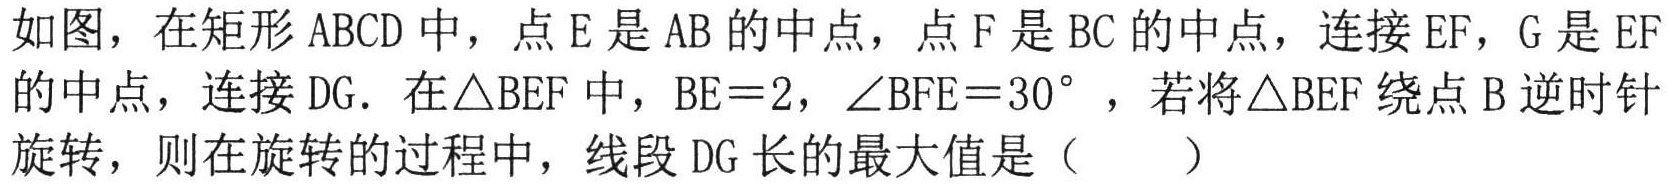
如图，在矩形ABCD中，点E是AB的中点，点F是BC的中点，连接EF，G是EF的中点，连接DG．在\triangle BEF中，BE = 2，\angle BFE = 30^{\circ} ，若将\triangle BEF绕点B逆时针旋转，则在旋转的过程中，线段DG长的最大值是（  ）